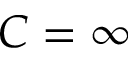
C = \infty